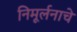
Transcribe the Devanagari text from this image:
निमूर्लनाचे